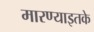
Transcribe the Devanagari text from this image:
मारण्याइतके